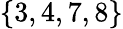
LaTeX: \{ 3,4,7,8\}